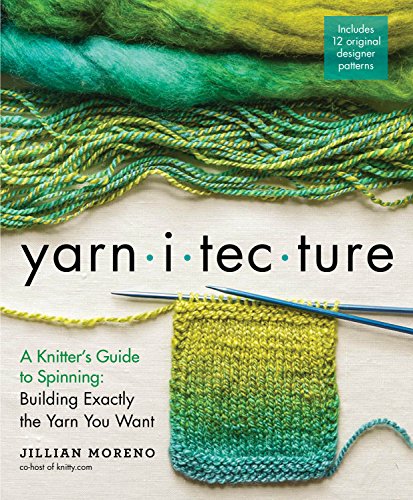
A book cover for Yarnitecture: A Knitter's Guide to Spinning: Building Exactly the Yarn You Want; Jillian Moreno; Crafts, Hobbies & Home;